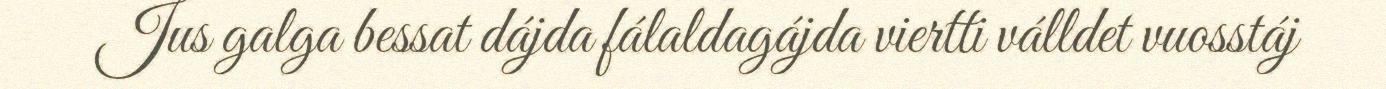
Jus galga bessat dájda fálaldagájda viertti válldet vuosstáj